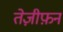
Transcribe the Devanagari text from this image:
तेज़ीफ़न